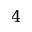
4